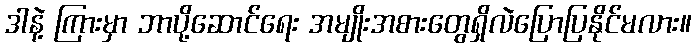
ဒါနဲ့ ကြားမှာ ဘာပို့ဆောင်ရေး အမျိုးအစားတွေရှိလဲပြောပြနိုင်မလား။